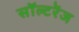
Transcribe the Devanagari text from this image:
सॉल्टरेंज